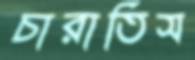
চারাতিস